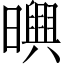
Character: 𣋱